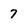
Character: 7